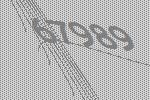
67989